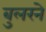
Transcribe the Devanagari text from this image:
बुलरने